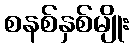
စနစ်နှစ်မျိုး